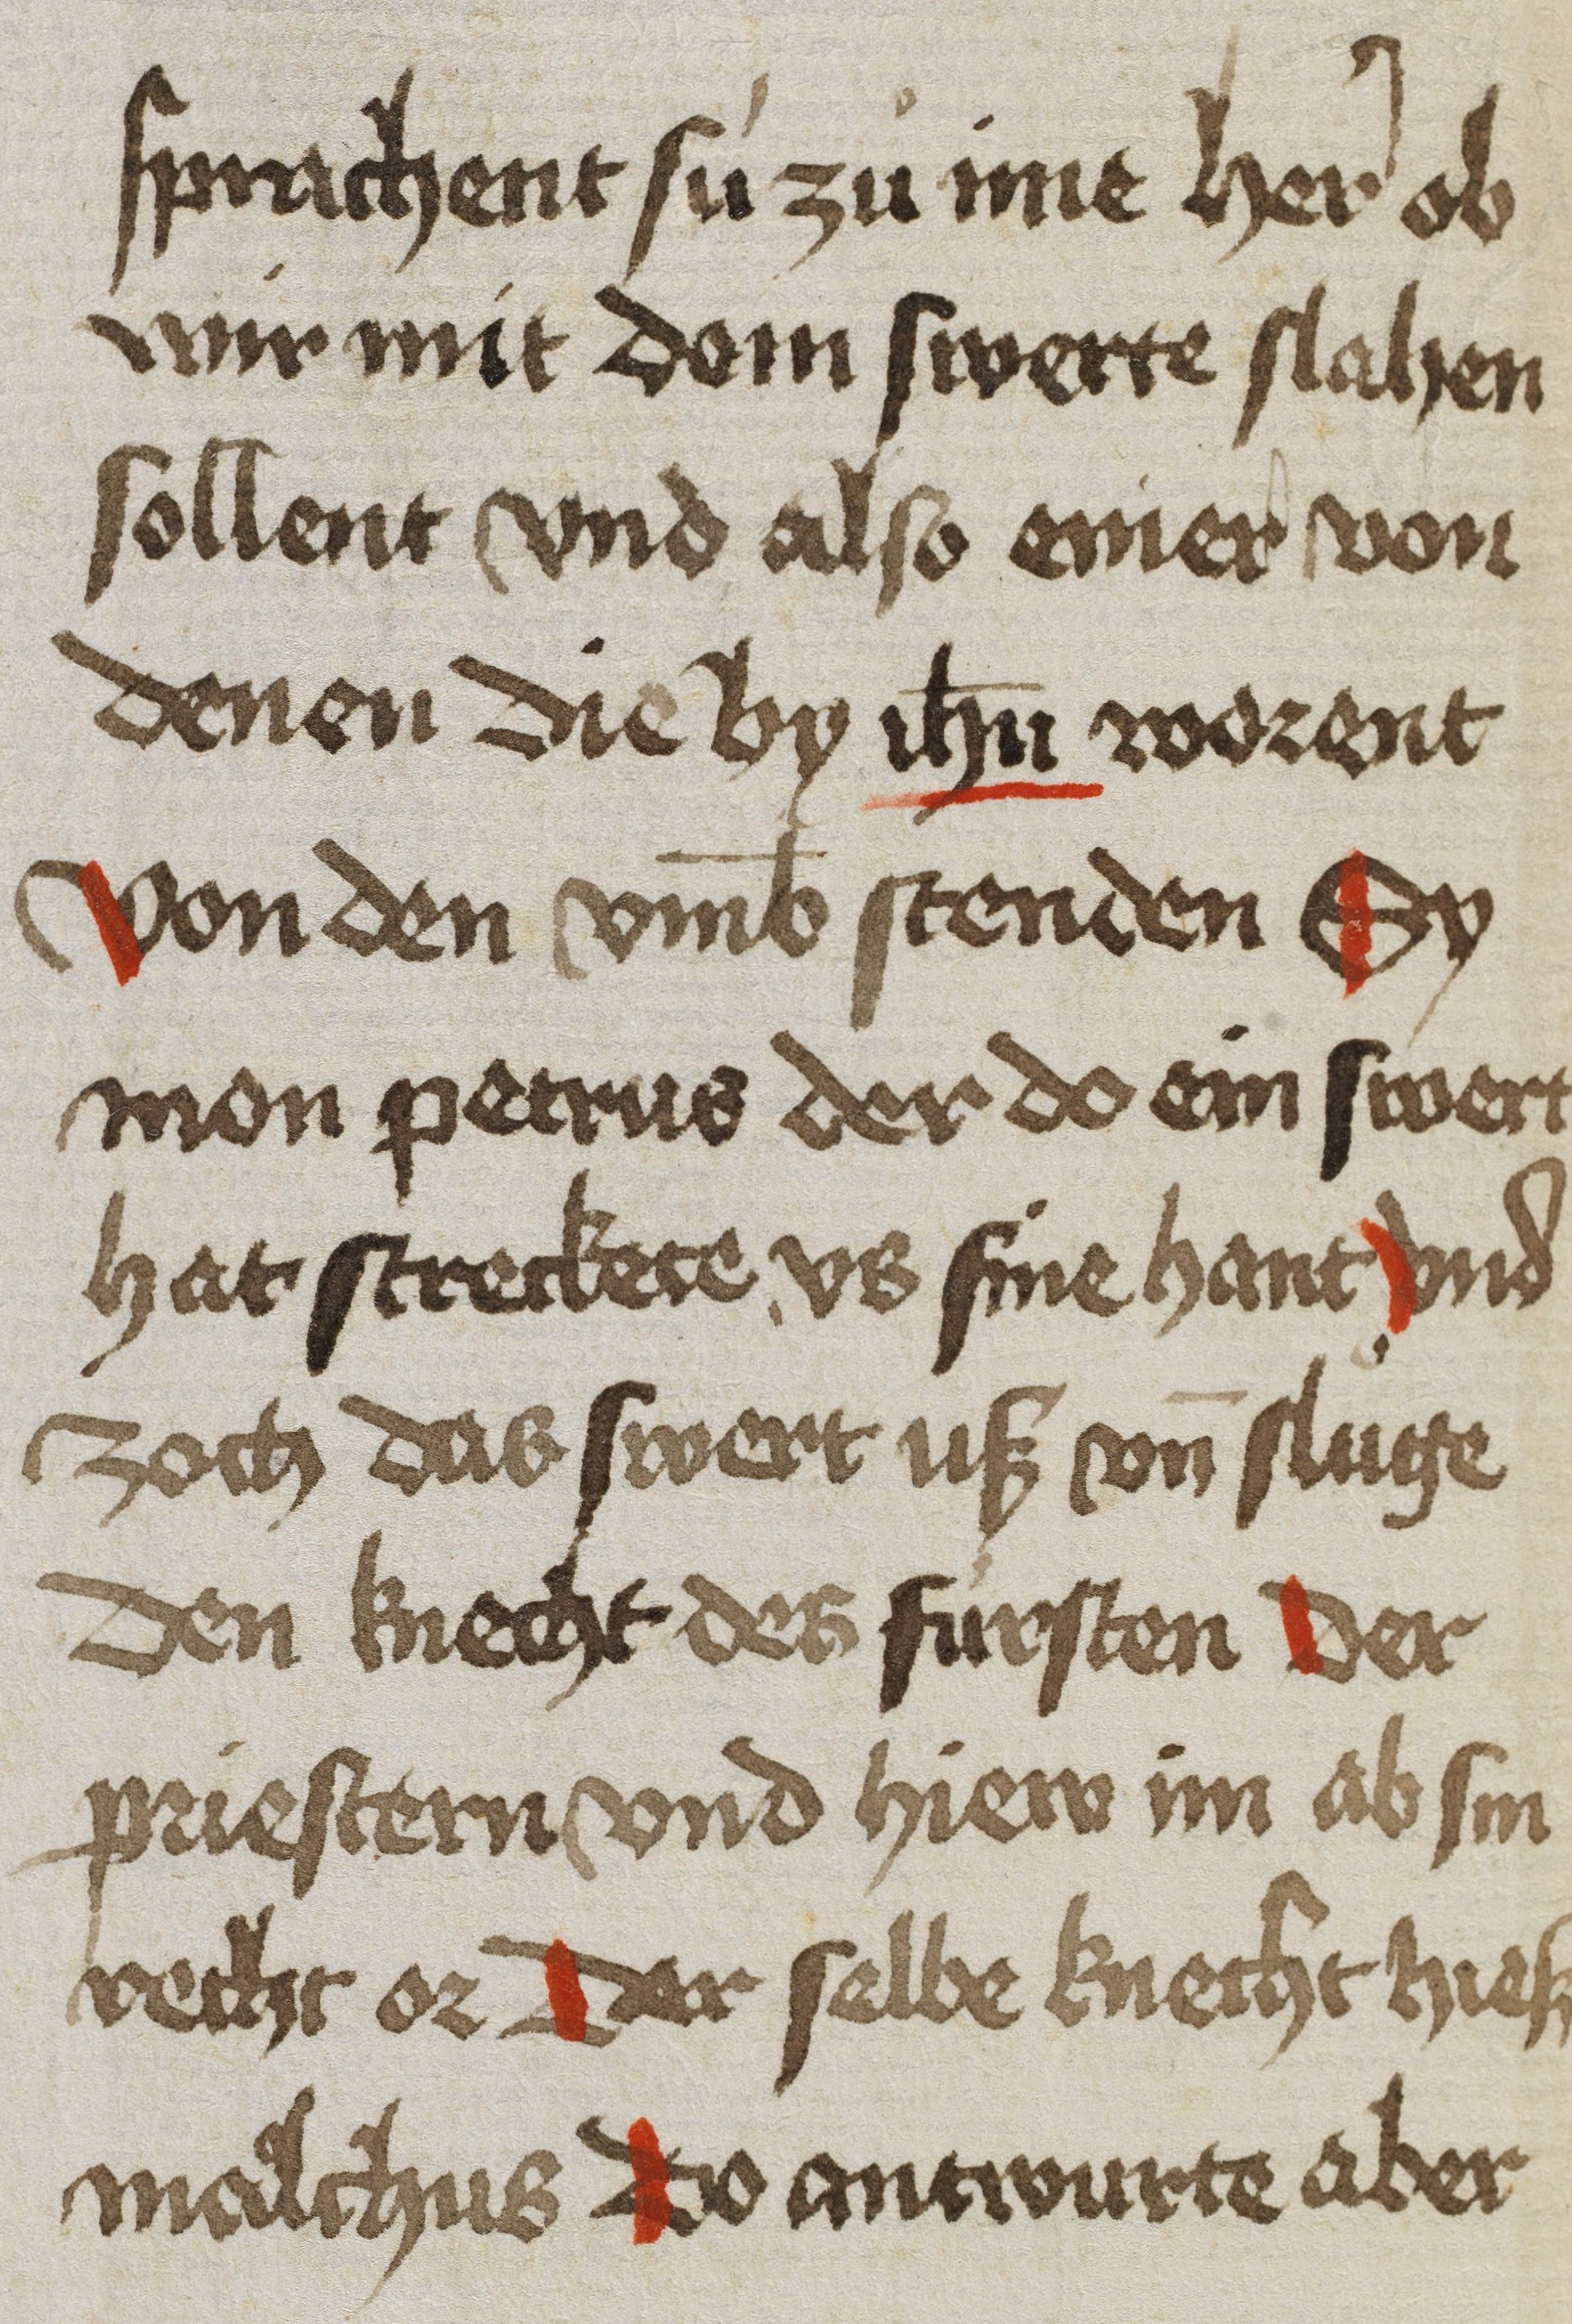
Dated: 1450–1499